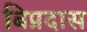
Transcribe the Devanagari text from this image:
बिप्रदास